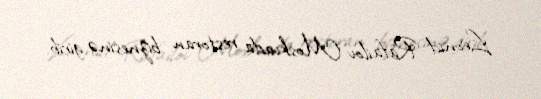
Leonid Rafailov Moskvada restoran biznesinə girib.